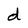
Character: d